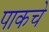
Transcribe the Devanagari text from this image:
पाकचे